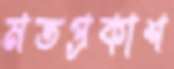
মতপ্রকাশ